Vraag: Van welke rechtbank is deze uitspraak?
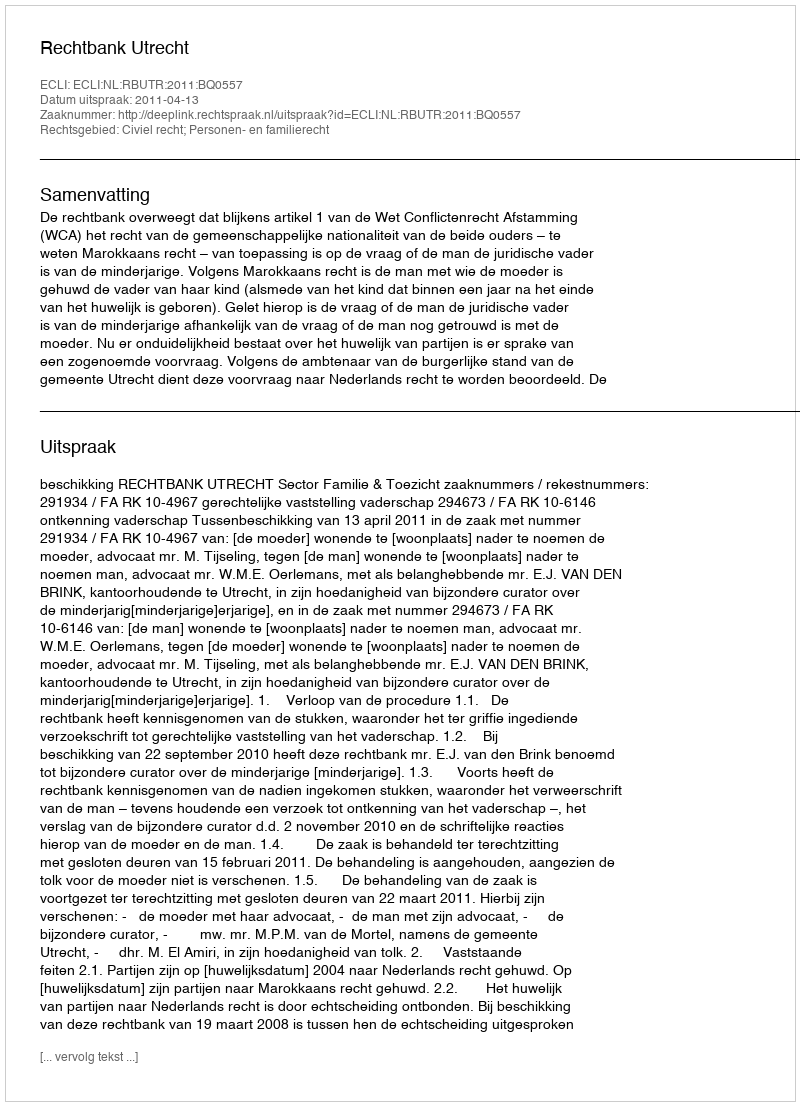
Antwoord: Rechtbank Utrecht